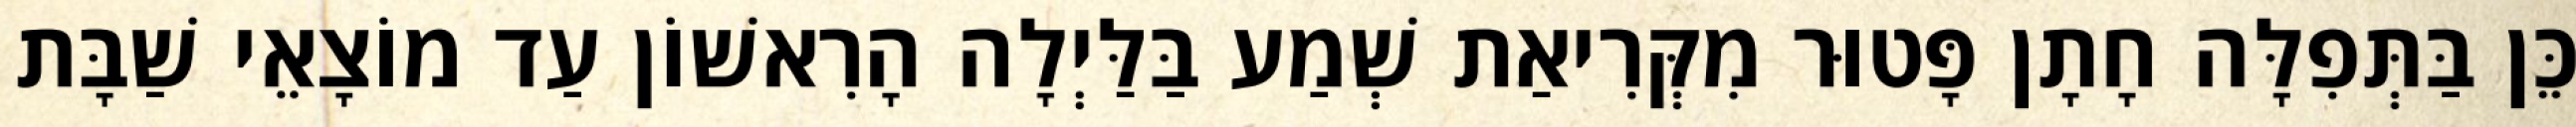
כֵּן בַּתְּפִלָּה חָתָן פָּטוּר מִקְּרִיאַת שְׁמַע בַּלַּיְלָה הָרִאשׁוֹן עַד מוֹצָאֵי שַׁבָּת